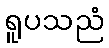
ရူပသညံ